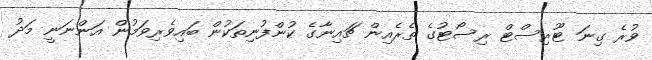
ވުރެ ގިނަ ޓޫރިސްޓް ރިސޯޓުގެ ތެރެއިން ޗައިނާގެ ކުންފުނިތަކުން ބައިވެރިވަމުން އަންނަނީ މަދު